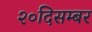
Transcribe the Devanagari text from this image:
२०दिसम्बर